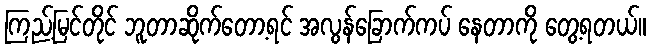
ကြည့်မြင်တိုင် ဘူတာဆိုက်တော့ရင် အလွန်ခြောက်ကပ် နေတာကို တွေ့ရတယ်။